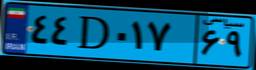
۴۴D۰۱۷۶۹